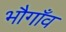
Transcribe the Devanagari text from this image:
भौगाँव